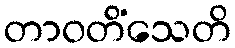
တာဝတိံသေတိ